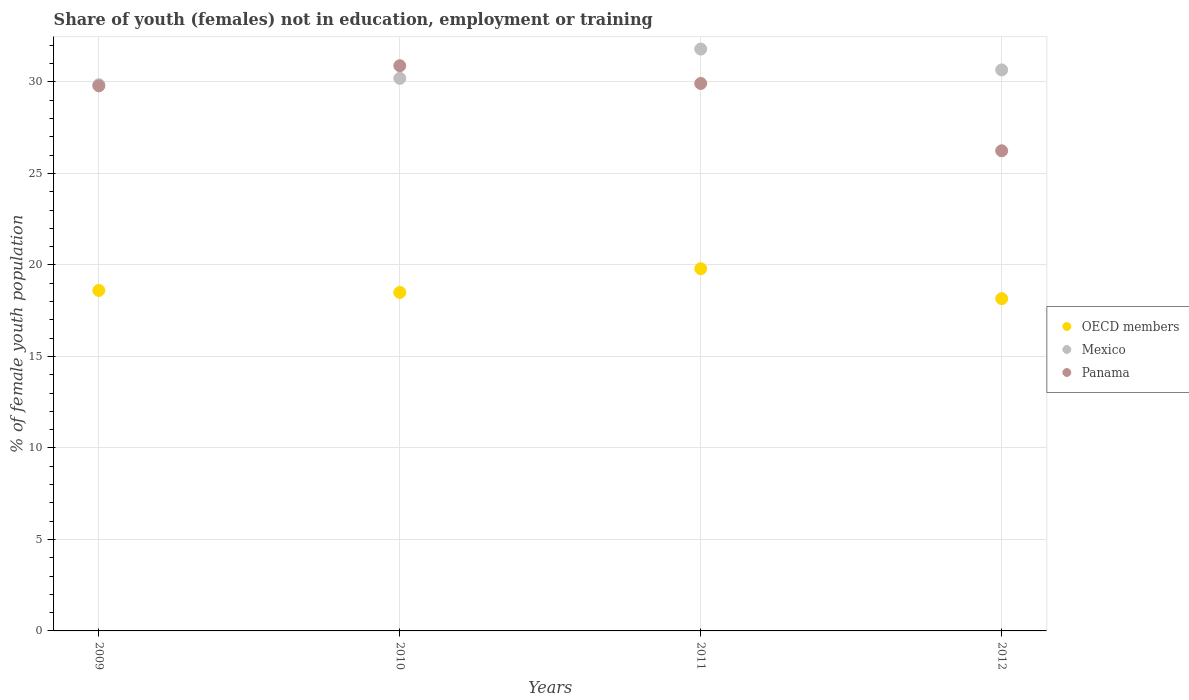
| Years | OECD members | Mexico | Panama |
 | --- | --- | --- | --- |
 | 2009 | 18.6 | 29.9 | 29.8 |
 | 2010 | 18.5 | 30.2 | 30.9 |
 | 2011 | 19.8 | 31.8 | 29.9 |
 | 2012 | 18.2 | 30.7 | 26.2 |